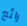
رائع